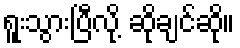
ရူးသွားပြီလို့ ဆိုချင်ဆို။